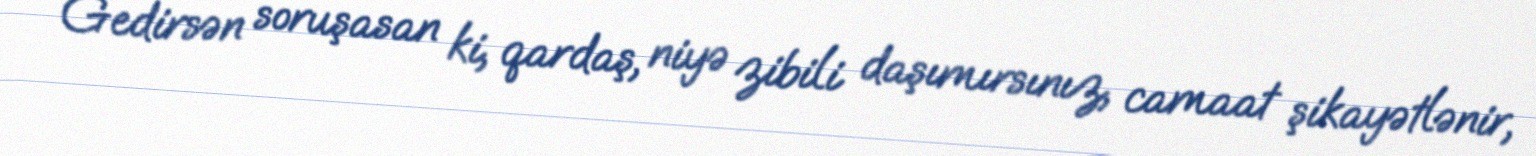
Gedirsən soruşasan ki, qardaş, niyə zibili daşımırsınız, camaat şikayətlənir,